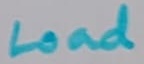
Text: Load